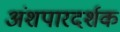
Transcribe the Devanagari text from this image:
अंशपारदर्शक